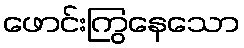
ဖောင်းကြွနေသော